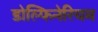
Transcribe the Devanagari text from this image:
डोल्फिनेरियम